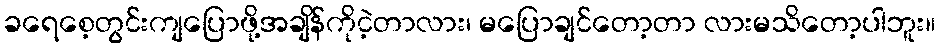
ခရေစေ့တွင်းကျပြောဖို့အချိန်ကိုငဲ့တာလား၊ မပြောချင်တော့တာ လားမသိတော့ပါဘူး။